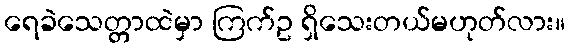
ရေခဲသေတ္တာထဲမှာ ကြက်ဥ ရှိသေးတယ်မဟုတ်လား။